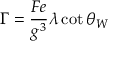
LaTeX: \Gamma = \frac { F e } { g ^ { 3 } } \lambda \cot \theta _ { W }